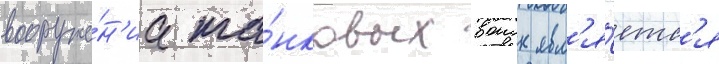
вооруже́н'иа та́нковых воиск явл'я́етс'я